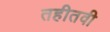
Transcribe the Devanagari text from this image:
तहीतवी